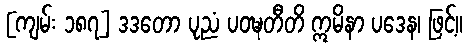
[ကျမ်း ၁၈၇] ဒဒတော ပုညံ ပဝဍ္ဎတီတိ ဣမိနာ ပဒေန၊ ဖြင့်။